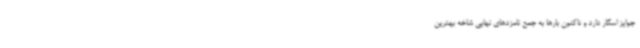
جوایز اسکار دارد و تاکنون بارها به جمع نامزدهای نهایی شاخه بهترین